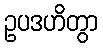
ဥပဒဟိတွာ